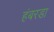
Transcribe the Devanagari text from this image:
हंबरडा